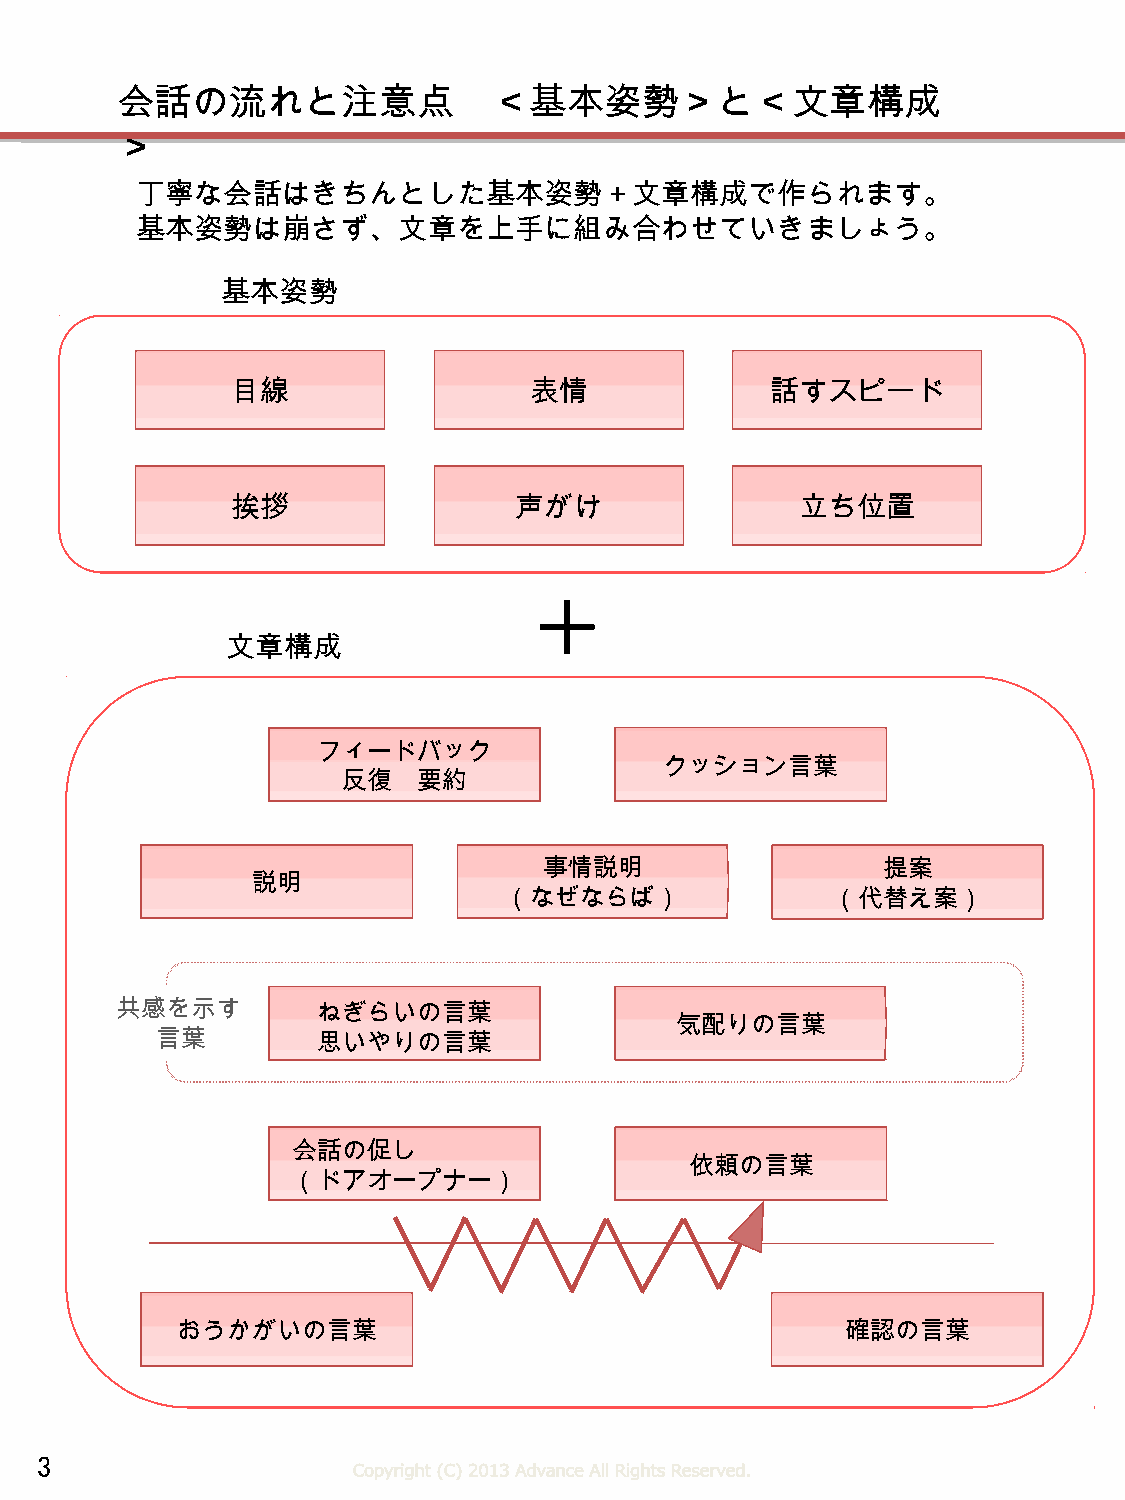
会話の流れと注意点                ＜基本姿勢＞と＜文章構成
 ＞
 丁寧な会話はきちんとした基本姿勢＋文章構成で作られます。
 基本姿勢は崩さず、文章を上手に組み合わせていきましょう。
 基本姿勢
 目線                  表情              話すスピード
 挨拶                 声がけ                立ち位置
 ＋
 文章構成
 フィードバック
 クッション言葉
 反復   要約
 事情説明                  提案
 説明
 （なぜならば）               （代替え案）
 共感を示す        ねぎらいの言葉
 気配りの言葉
 言葉         思いやりの言葉
 会話の促し
 依頼の言葉
 （ドアオープナー）
 おうかがいの言葉                                    確認の言葉
 3
 Copyright (C) 2013 Advance All Rights Reserved.